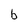
Character: b